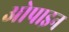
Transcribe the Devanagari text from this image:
ओपाइन